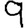
Digit: 9